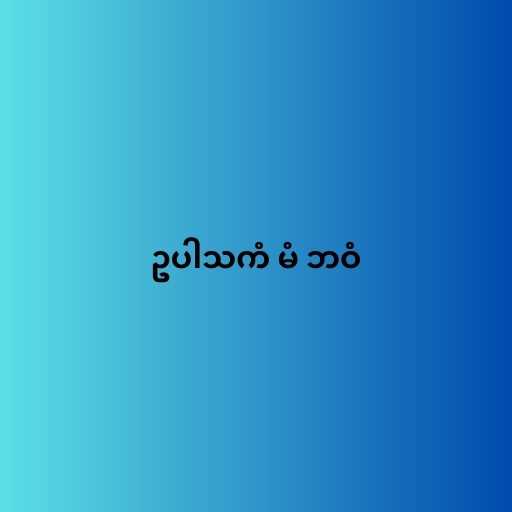
ဥပါသကံ မံ ဘဝံ